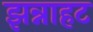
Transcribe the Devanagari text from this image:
झन्नाहट